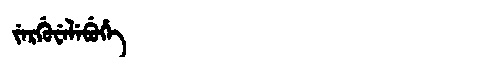
Manchu: ᠵᡝᡵᡤᡠᠸᡝᠯᡝᠪᡠᡥᡝ
Romanization: JERGUWELEBUHE